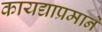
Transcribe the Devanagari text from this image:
कायद्याप्रमाने